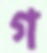
গ